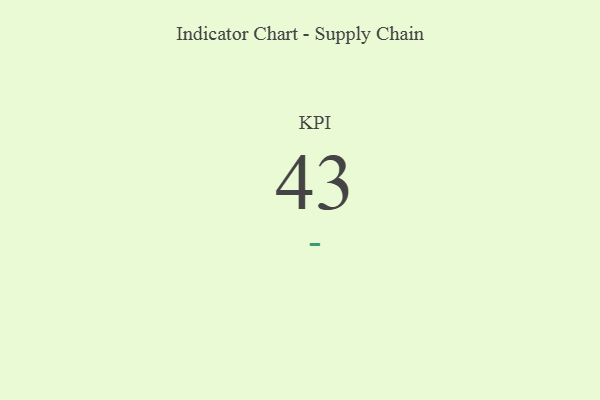
{"axis": {"x": "KPI", "y": "Value"}, "legend": [""], "data": [{"x": "KPI", "y": 43, "type": ""}]}